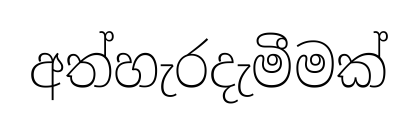
අත්හැරදැමීමක්